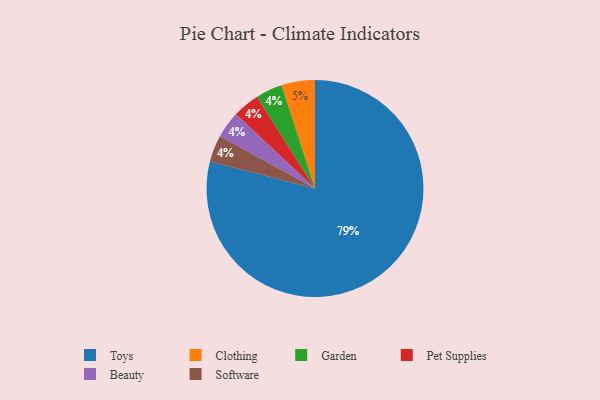
{"axis": {"x": "Category", "y": "Percentage"}, "legend": ["Beauty", "Clothing", "Garden", "Pet Supplies", "Software", "Toys"], "data": [{"x": "Clothing", "y": 5, "type": "Clothing"}, {"x": "Garden", "y": 4, "type": "Garden"}, {"x": "Toys", "y": 79, "type": "Toys"}, {"x": "Pet Supplies", "y": 4, "type": "Pet Supplies"}, {"x": "Beauty", "y": 4, "type": "Beauty"}, {"x": "Software", "y": 4, "type": "Software"}]}